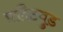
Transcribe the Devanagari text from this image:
फ़्लैटवुड